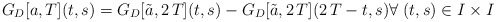
\begin{align*}G_D[a,T](t,s)=G_D[\tilde{a},2\,T](t,s)-G_D[\tilde{a},2\,T](2\,T-t,s) \forall \; (t,s)\in I \times I\end{align*}